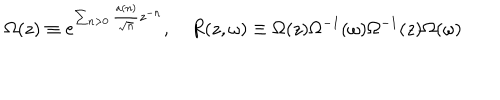
LaTeX: \Omega ( z ) \equiv e ^ { \sum _ { n > 0 } \frac { a ( n ) } { \sqrt { n } } z ^ { - n } } , \quad R ( z , \omega ) \equiv \Omega ( z ) \Omega ^ { - 1 } ( \omega ) \Omega ^ { - 1 } ( z ) \Omega ( \omega )